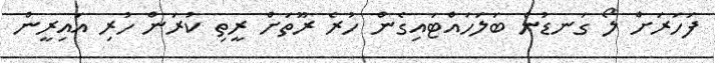
ފަހަރަށް ލޯ ގަނޑުން ބަލަހައްޓައިގެން ހުރެ ރޫތަށް ރީތި ކުރަން ހުރި އައިރީން